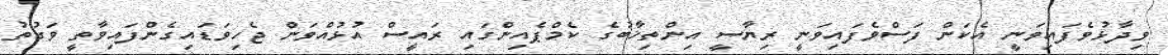
ވިދާޅުވެފައިވަނީ އެކަން ފަސްވެފައިވަނީ ރިޔާސީ އިންތިޚާބުގެ ކެމްޕެއިންގައި ރައީސް އުޅުއްވަން ޖެހިވަޑައިގެންފައިވާތީ ވަގުތު